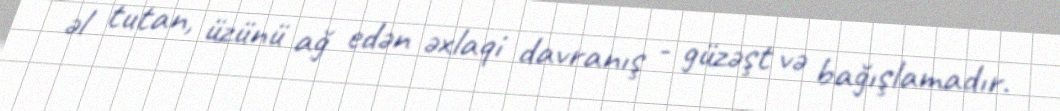
əl tutan, üzünü ağ edən əxlaqi davranış - güzəşt və bağışlamadır.